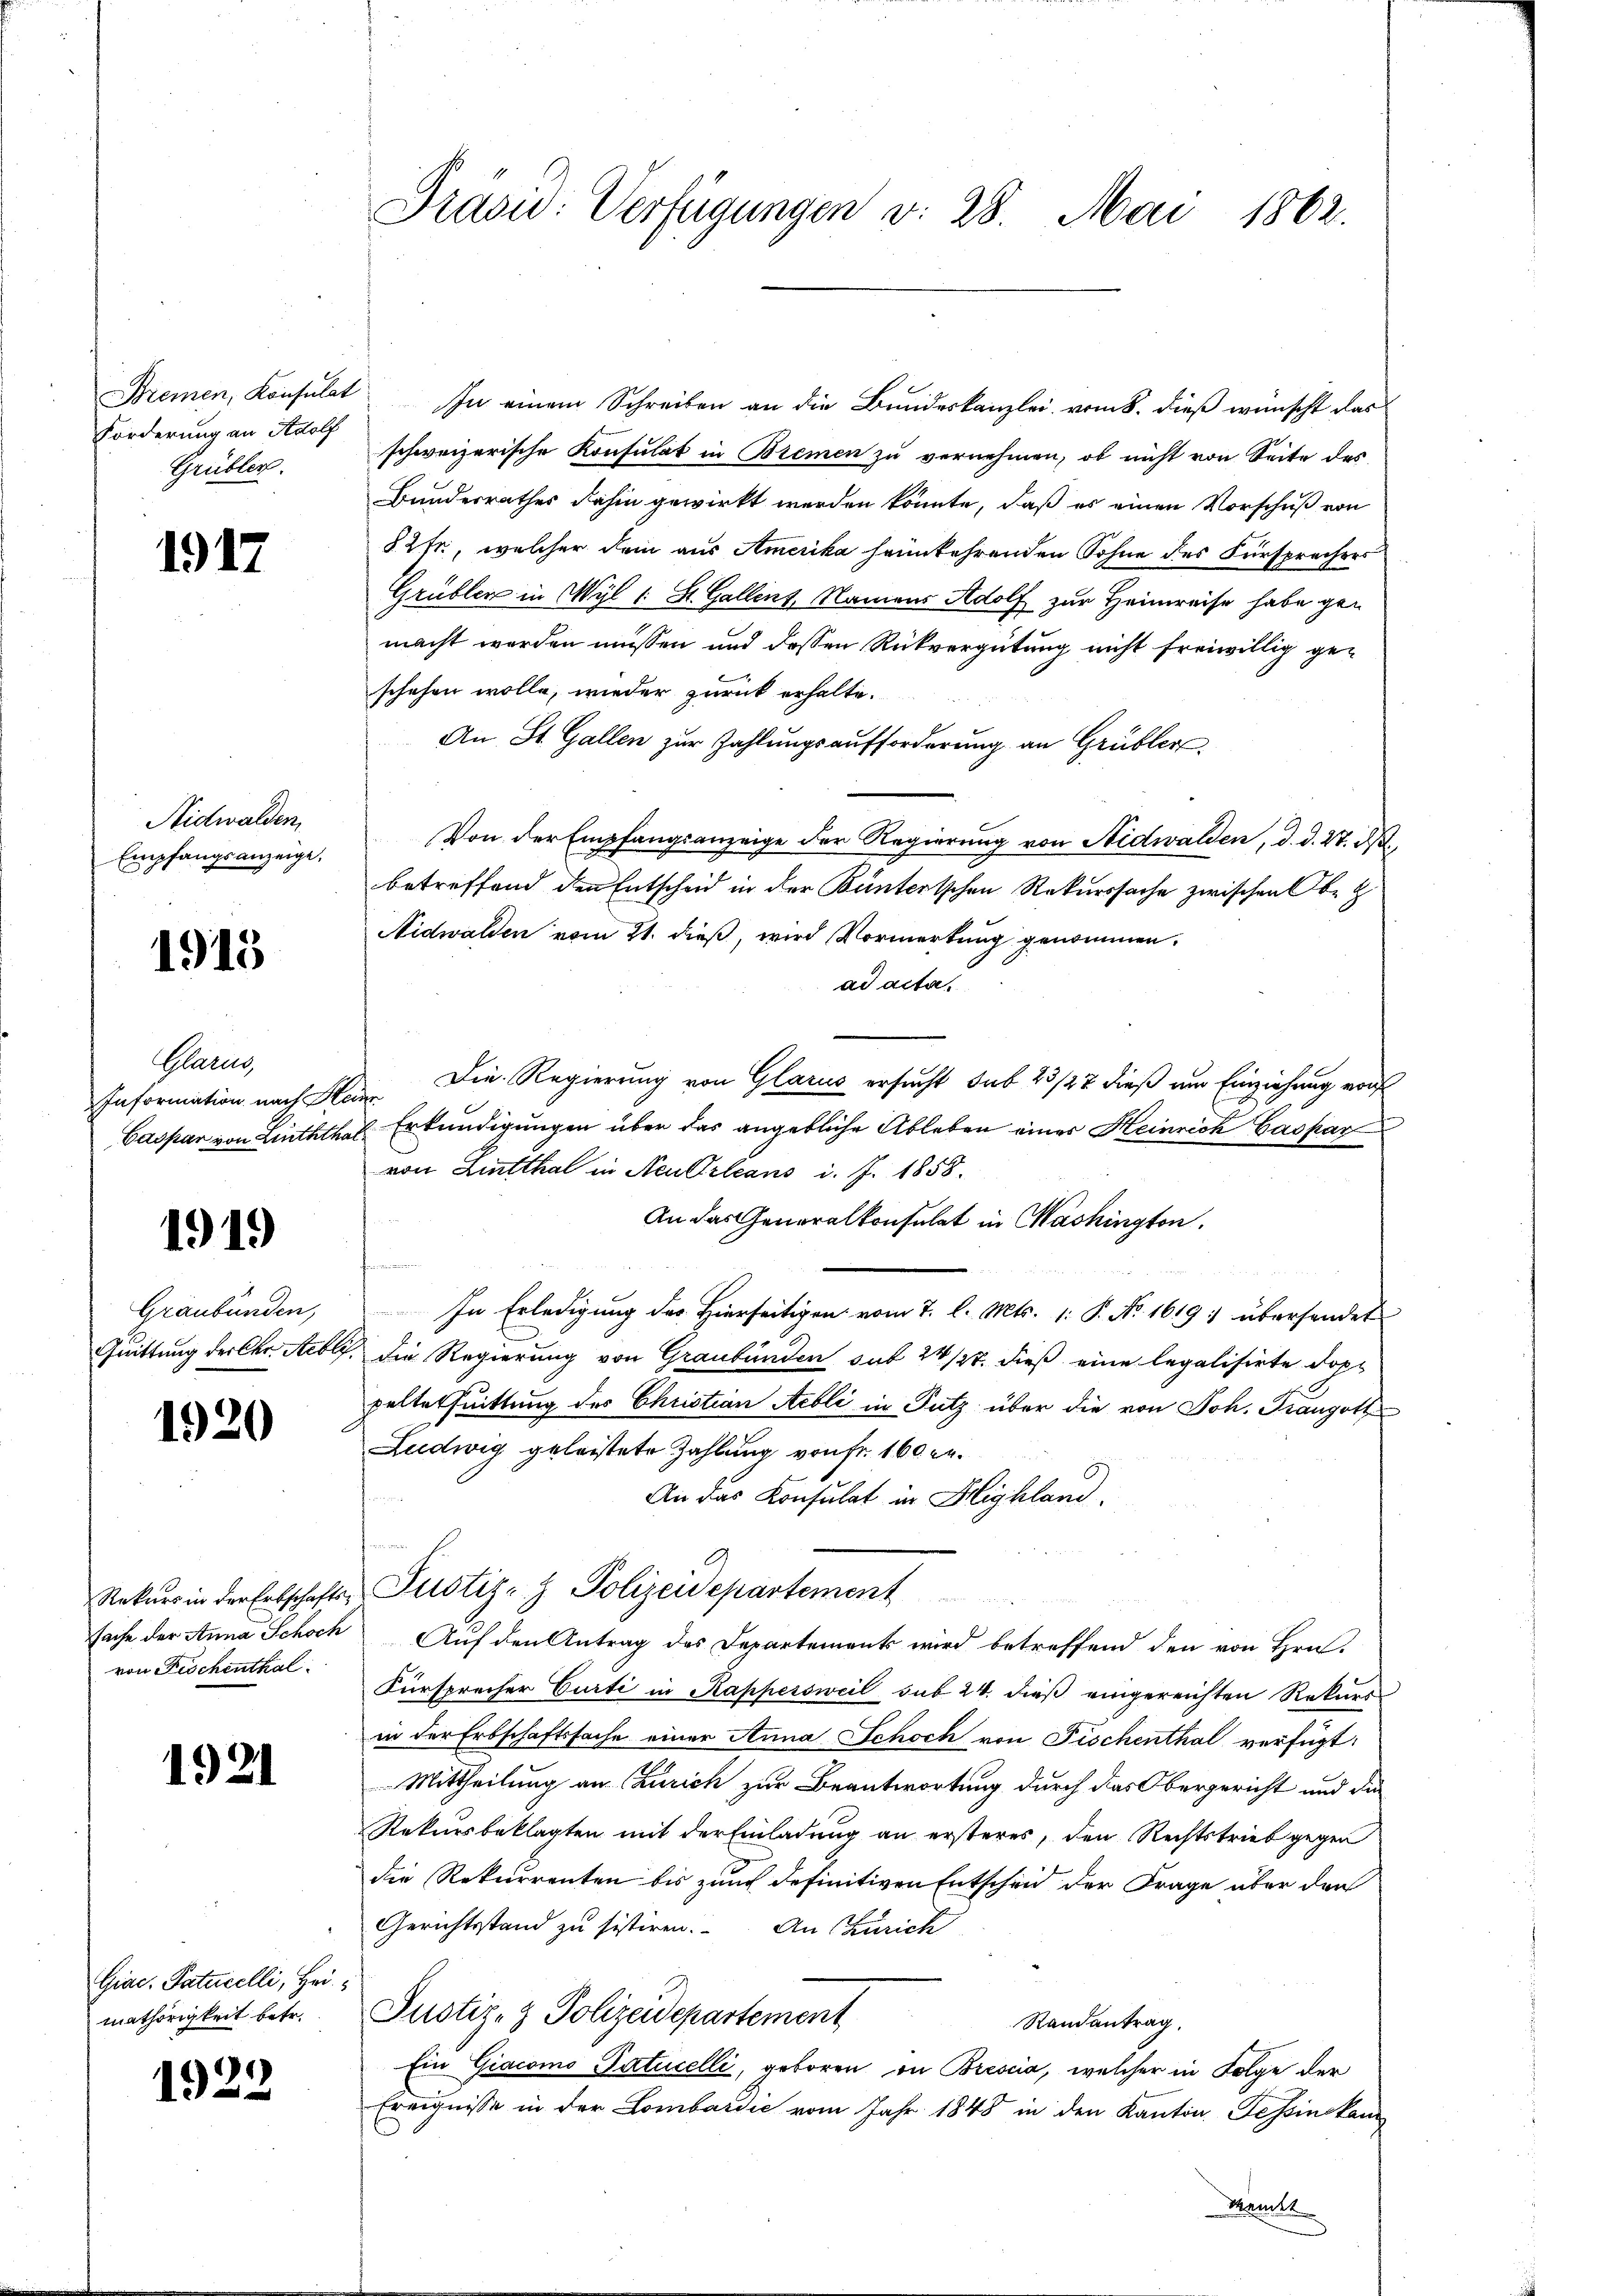
Förderung an Adolf
Grüblic.

1917

Nidwalden
Empfangsanzeige,

1915

Mann
Information nach St

1919

Graubünden,
Quittung der Chr. Sebl.

1920

von Fischenthal

1921

Giac. Paturelli, Hei
mathörigkeit betr.

1922

Präsid: Verfügungen v. 28. Mai 1862.

Bremen, Konsulat In einem Schreiben an die Bundeskanzlei vom 8. dieß wünscht das
schweizerische Konsulat in Bremen zu vernehmen, ob nicht von Seite des
Bundesrathes dahin gewirkt werden könnte, daß es einen Vorschuß von
§ 2 fr., welcher dem aus Amerika heimkehrenden Sohne des Fürsprechers
Grüblen in Wyl (: St. Gallent, Namens Adolf zur Heimreise habe gan
macht worden müssen und dessen Rückvergütung nicht freiwillig geschehen wolle, wieder zurück erhalte.
An St. Gallen zur Zahlungsaufforderung an Grübler
Von der Empfangsanzeige der Regierung von Nidwalden, d. d. 27. ds.
betreffend den Entscheid in der Büntertschen Rekurssache zwischen Obe
Nidwalden vom 21. dieß, wird Vormerkung genommen.
ad acta.
Die Regierung von Glarus ersucht sub 23/22 dieß um Einziehung von
e
Caspar von Linththal Erkundigungen über das angebliche Ableben einer Heinrich Caspar
von Lintthal in Neu Orleans d. J. 1858.
An das Generalkonsulat in Washington
In Erledigung des Hierseitigen vom 7. l. Mts. 1. P. No. 1619 : übersendet
Sch. Die Regierung von Graubünden sub 24 /27. dieß eine legalisirte Doppelte fuittung des Christian Aebli in Putz über die von Joh. Franzoll
Ludwig geleistete Zahlung von Fr. 160 er¬
An das Konsulat in Highland
 E
Rekŭrs in der Erbschafts-Justiz- & Polizeidepartement
sache der Anna Schoch Auf den Antrag des Departements wird betreffend den von Hrn.
Fürsprecher Curti in Kappersweil sub 24. dieß eingereichten Rekurs
in der Erbschaftssache einer Anna Schoch von Fischenthal verfügt:
Mittheilung an (Zürich zur Beantwortung durch das Obergericht und die
Rekursbeklagten mit der Einladung an ersteres, den Rechtstrieb gegen
die Rekurrenten bis zum definitiven Entscheid der Frage über den
Gerichtsstand zu sistiren. An Zürich
Justiz- & Polizeidepartement
Randantrag.
Ein Giacomo-Patucelli, geboren in Brescia, welcher in Folge der
Ereignisse in der Lombardić vom Jahr 1848 in den Kanton Tessinskanz
Mamnte